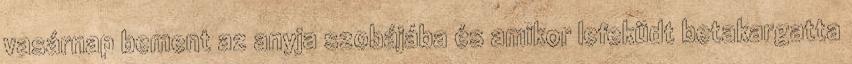
vasárnap bement az anyja szobájába és amikor lefeküdt betakargatta